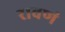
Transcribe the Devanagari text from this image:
रावणं